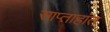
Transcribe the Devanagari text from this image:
साप्ताहांत